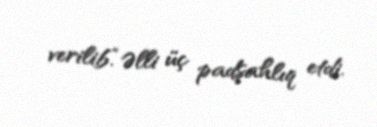
verilib.“Əlli üç padşahlıq etdi.